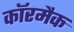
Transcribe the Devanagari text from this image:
कॉरमैक